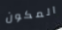
المكون